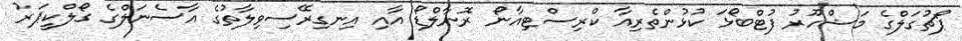
ޕޯޗުގަލްގެ މަޝްހޫރު ފުޓްބޯޅަ ކުޅުންތެރިއާ ކްރިސްޓިއާނޯ ރޮނާލްޑޯ އާއި އިނގިރޭސިވިލާތުގެ އާސެނަލްގެ ގޯލްކީޕަރު